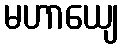
မဟာယျေ